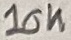
Text: 10K